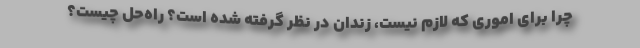
چرا برای اموری که لازم نیست، زندان در نظر گرفته شده است؟ راه‌حل چیست؟